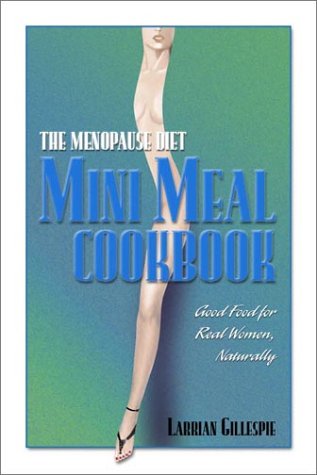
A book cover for The Menopause Diet: Mini Meal Cookbook- Good Food for Real Women, Naturally; Larrian Gillespie; Health, Fitness & Dieting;